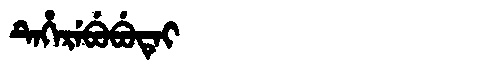
Manchu: ᡨᡝᡥᡝᡵᡝᠪᡠᠪᡠᡨᡝᡳ
Romanization: TEHEREBUBUTEI